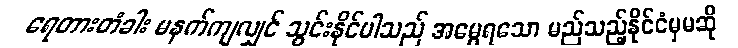
ရေတားတံခါး မနက်ကျလျှင် သွင်းနိုင်ပါသည် အမွေရသော မည်သည့်နိုင်ငံမှမဆို